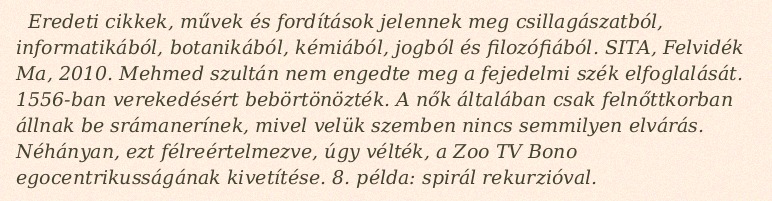
Eredeti cikkek, művek és fordítások jelennek meg csillagászatból, informatikából, botanikából, kémiából, jogból és filozófiából. SITA, Felvidék Ma, 2010. Mehmed szultán nem engedte meg a fejedelmi szék elfoglalását. 1556-ban verekedésért bebörtönözték. A nők általában csak felnőttkorban állnak be srámanerínek, mivel velük szemben nincs semmilyen elvárás. Néhányan, ezt félreértelmezve, úgy vélték, a Zoo TV Bono egocentrikusságának kivetítése. 8. példa: spirál rekurzióval.